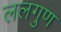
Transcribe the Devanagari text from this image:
ललगुण